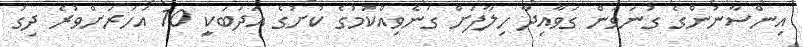
އިންސާނުންގެ ގުނަވަން ގަވާއިދާ ހިލާފަށް ގަނެވިއްކުމުގެ ކުށުގެ އަދަބަކިީ 10 އަހަރަށްވުރެ ދިގު